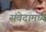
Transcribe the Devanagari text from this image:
संवेदामध्ये